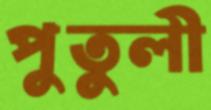
পুতুলী